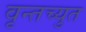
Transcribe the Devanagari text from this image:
वृन्तच्युत